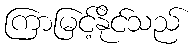
ကြာမြင့်နိုင်သည်